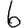
Digit: 6